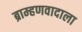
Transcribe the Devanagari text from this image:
ब्राम्हणवादाला